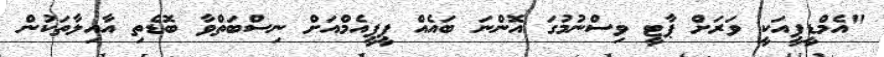
"އެމްޑީޕީއަކީ ވަރަށް ޕާޓީ ވިސްނުމުގަ އޮންނަ ބައެއް ޕީޕީއެމްއަށް ނިސްބަތްވާ ބޮޑެތި އާއިލާތަކުން